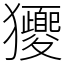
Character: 獿